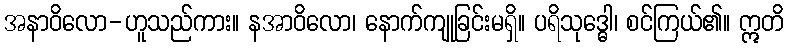
အနာဝိလော-ဟူသည်ကား။ နအာဝိလော၊ နောက်ကျုခြင်းမရှိ။ ပရိသုဒ္ဓေါ၊ စင်ကြယ်၏။ ဣတိ